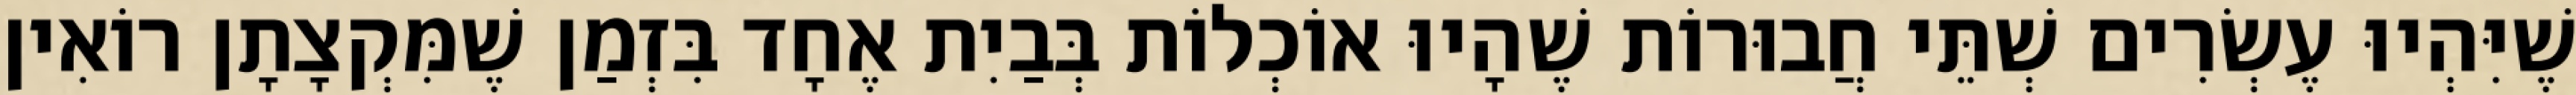
שֶׁיִּהְיוּ עֶשְׂרִים שְׁתֵּי חֲבוּרוֹת שֶׁהָיוּ אוֹכְלוֹת בְּבַיִת אֶחָד בִּזְמַן שֶׁמִּקְצָתָן רוֹאִין